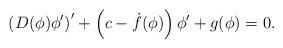
LaTeX: \begin{align*}\left(D(\phi)\phi^{\prime}\right)^{\prime}+\left(c -\dot f(\phi)\right)\phi' + g(\phi)=0.\end{align*}